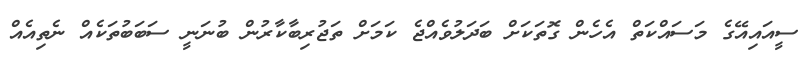
ސީއައިއޭގެ މަސައްކަތް އެހެން ގޮތަކަށް ބަދަލުވެއްޖެ ކަމަށް ތަޖުރިބާކާރުން ބުނަނީ ސަބަބުތަކެއް ނެތިއެއް